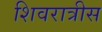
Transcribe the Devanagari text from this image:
शिवरात्रीस